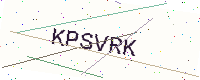
Text: KPSVRK